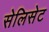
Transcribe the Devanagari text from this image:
सेलिसेट